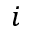
i